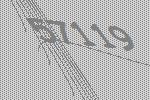
57119